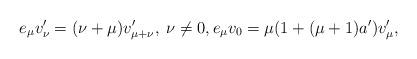
LaTeX: \begin{align*}e_\mu v'_\nu=(\nu+\mu)v'_{\mu+\nu},\; \nu\neq 0,e_\mu v_0=\mu(1+(\mu+1)a')v'_\mu,\end{align*}